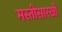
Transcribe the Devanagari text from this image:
मस्तीसारखी